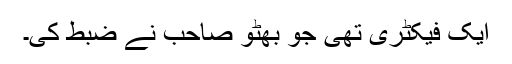
ایک فیکٹری تھی جو بھٹو صاحب نے ضبط کی۔